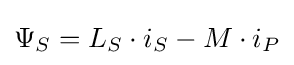
\Psi _{S}=L_{S}\cdot i_{S}-M\cdot i_{P}